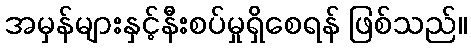
အမှန်များနှင့်နီးစပ်မှုရှိစေရန် ဖြစ်သည်။